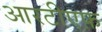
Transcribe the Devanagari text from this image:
आरटीएफ़